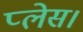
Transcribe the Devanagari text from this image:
प्‍लेस।